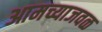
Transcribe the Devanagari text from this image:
आमच्याजवळ